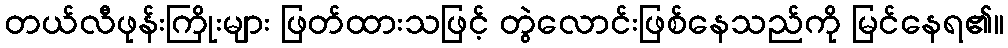
တယ်လီဖုန်းကြိုးများ ဖြတ်ထားသဖြင့် တွဲလောင်းဖြစ်နေသည်ကို မြင်နေရ၏။